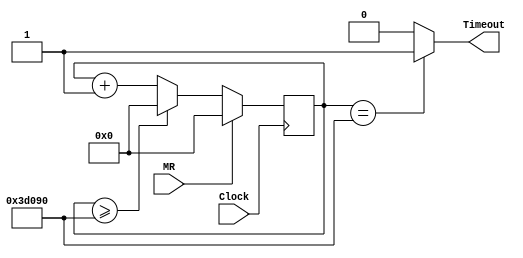
`timescale 1ns / 1ps
// Written by	: Jianjian Song
// Generate an elapse time that is controlled by
// Divider, i.e., the elapse time is Divider*(Clock Period).
// The counter is in reset state if MR==1 and Timeout==0.
// it will start counting when MR==0 until the count is 
// equal to Divider, which will set Timeout to "1".

module DelayLoop(MR,Timeout,Clock) ;
parameter	Divider = 250000;	//delay time in number of clock cycles
parameter 	NumberOfBits = 18;
input			MR, Clock;
output reg	Timeout;
reg 	[NumberOfBits-1:0]	count;
	
always @ (count)
	if(count==Divider) Timeout<=1;
	else Timeout<=0;
	
always @ (posedge Clock)
	if(MR==1)		begin count <= 0; end
	else if (count>=Divider)	count<=0;
		else count <= count+1'b1;
endmodule